Aleksander_Warma, lk 20
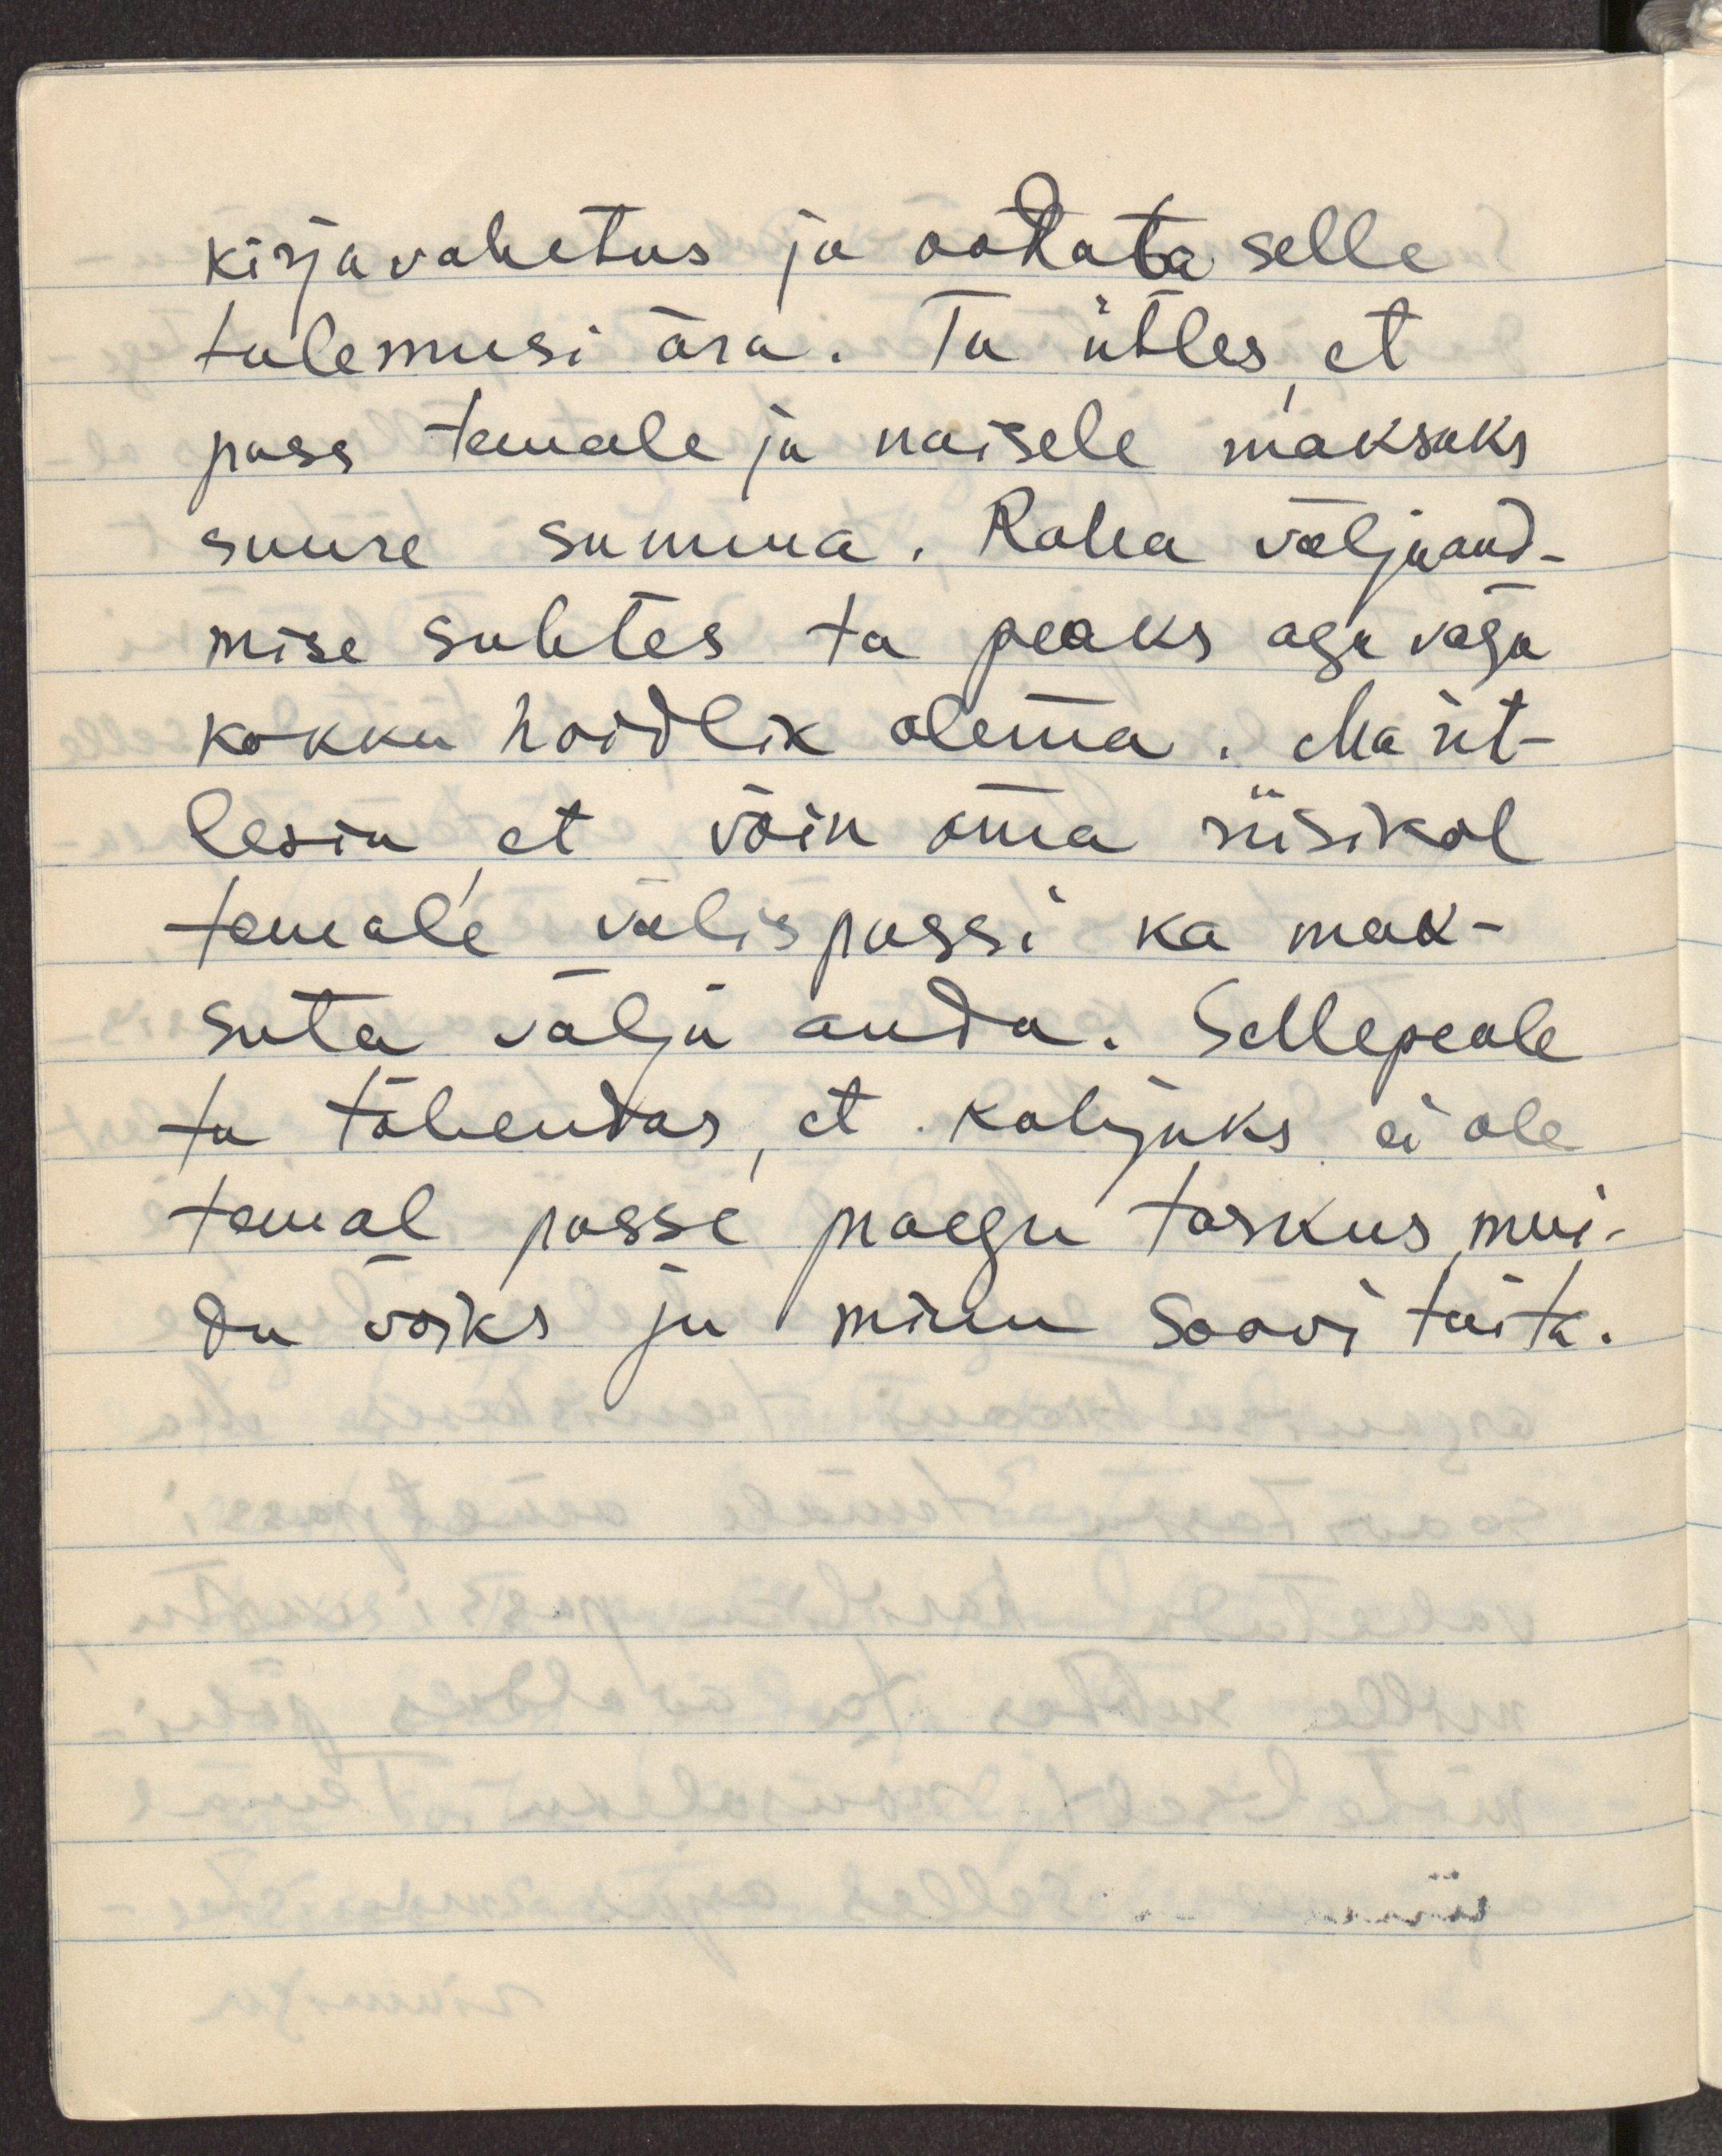
kirjavahetus ja oodata selle
tulemusi ära. Ta ütles, et 
pass temale ja naisele maksaks
suure summa. Raha väljaand-
mise suhtes ta peaks aga väga
kokku hoidlik olema. Ma üt-
lesin, et võin oma riisikol
temale välispassi ka mak-
suta välja anda. Sellepeale
ta tähendas, et kahjuks ei ole
temal passe praegu taskus, mui-
du võiks ju minu soovi täita.